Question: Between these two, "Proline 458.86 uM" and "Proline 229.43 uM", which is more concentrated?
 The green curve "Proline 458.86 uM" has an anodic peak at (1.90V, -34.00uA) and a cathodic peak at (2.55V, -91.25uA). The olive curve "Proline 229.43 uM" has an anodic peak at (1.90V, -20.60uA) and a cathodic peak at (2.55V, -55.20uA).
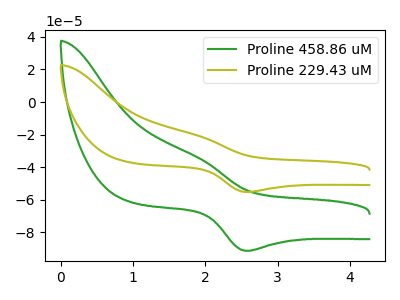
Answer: <think>All the peaks in "Proline 458.86 uM" have a peak in "Proline 229.43 uM" at the same potential.
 </think>
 <answer>I cant tell if "Proline 458.86 uM" or "Proline 229.43 uM" has higher concentration.</answer>
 <eval>mixed_concentration</eval>